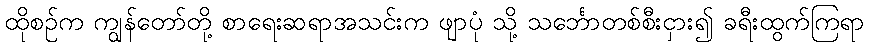
ထိုစဉ်က ကျွန်တော်တို့ စာရေးဆရာအသင်းက ဖျာပုံ သို့ သင်္ဘောတစ်စီးငှား၍ ခရီးထွက်ကြရာ